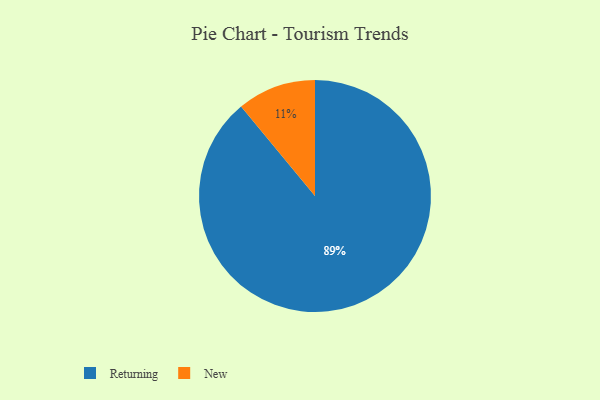
{"axis": {"x": "Category", "y": "Percentage"}, "legend": ["New", "Returning"], "data": [{"x": "New", "y": 11, "type": "New"}, {"x": "Returning", "y": 89, "type": "Returning"}]}